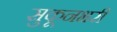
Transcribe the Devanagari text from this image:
सुकूनभरी